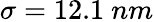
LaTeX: \sigma=12.1\ nm